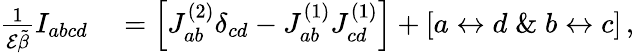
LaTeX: \begin{array}{rl}{\frac{1}{\mathcal{E}\tilde{\beta}}I_{abcd}}&{{}=\left[J_{ab}^{(2)}\delta_{cd}-J_{ab}^{(1)}J_{cd}^{(1)}\right]+[a\leftrightarrow d\; \& \; b\leftrightarrow c]\, ,}\end{array}